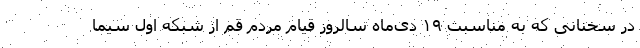
در سخنانی که به مناسبت ۱۹ دی‌ماه سالروز قیام مردم قم از شبکه اول سیما